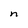
Character: n